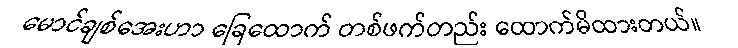
မောင်ချစ်အေးဟာ ခြေထောက် တစ်ဖက်တည်း ထောက်မိထားတယ်။